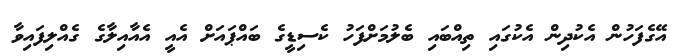
އޭގެފަހުން އެކުދިން އެކުގައި ތިއްބައި ބެލުމަށްފަހު ކެސިޑީގެ ބައްޕައަށް އެއީ އެއާއިލާގެ ގެއްލިފައިވާ